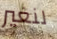
لنغير